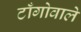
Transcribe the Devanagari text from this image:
टाँगोवाले